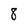
Character: 8